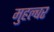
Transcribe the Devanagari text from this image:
मुहल्बर